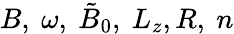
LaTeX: B,\ \omega,\ \tilde{B}_{0},\ L_{z},R,\ n